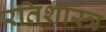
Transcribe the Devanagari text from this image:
रतिशास्त्र